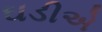
ઘડીએ